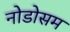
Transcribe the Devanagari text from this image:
नोडोसम